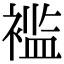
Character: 褴